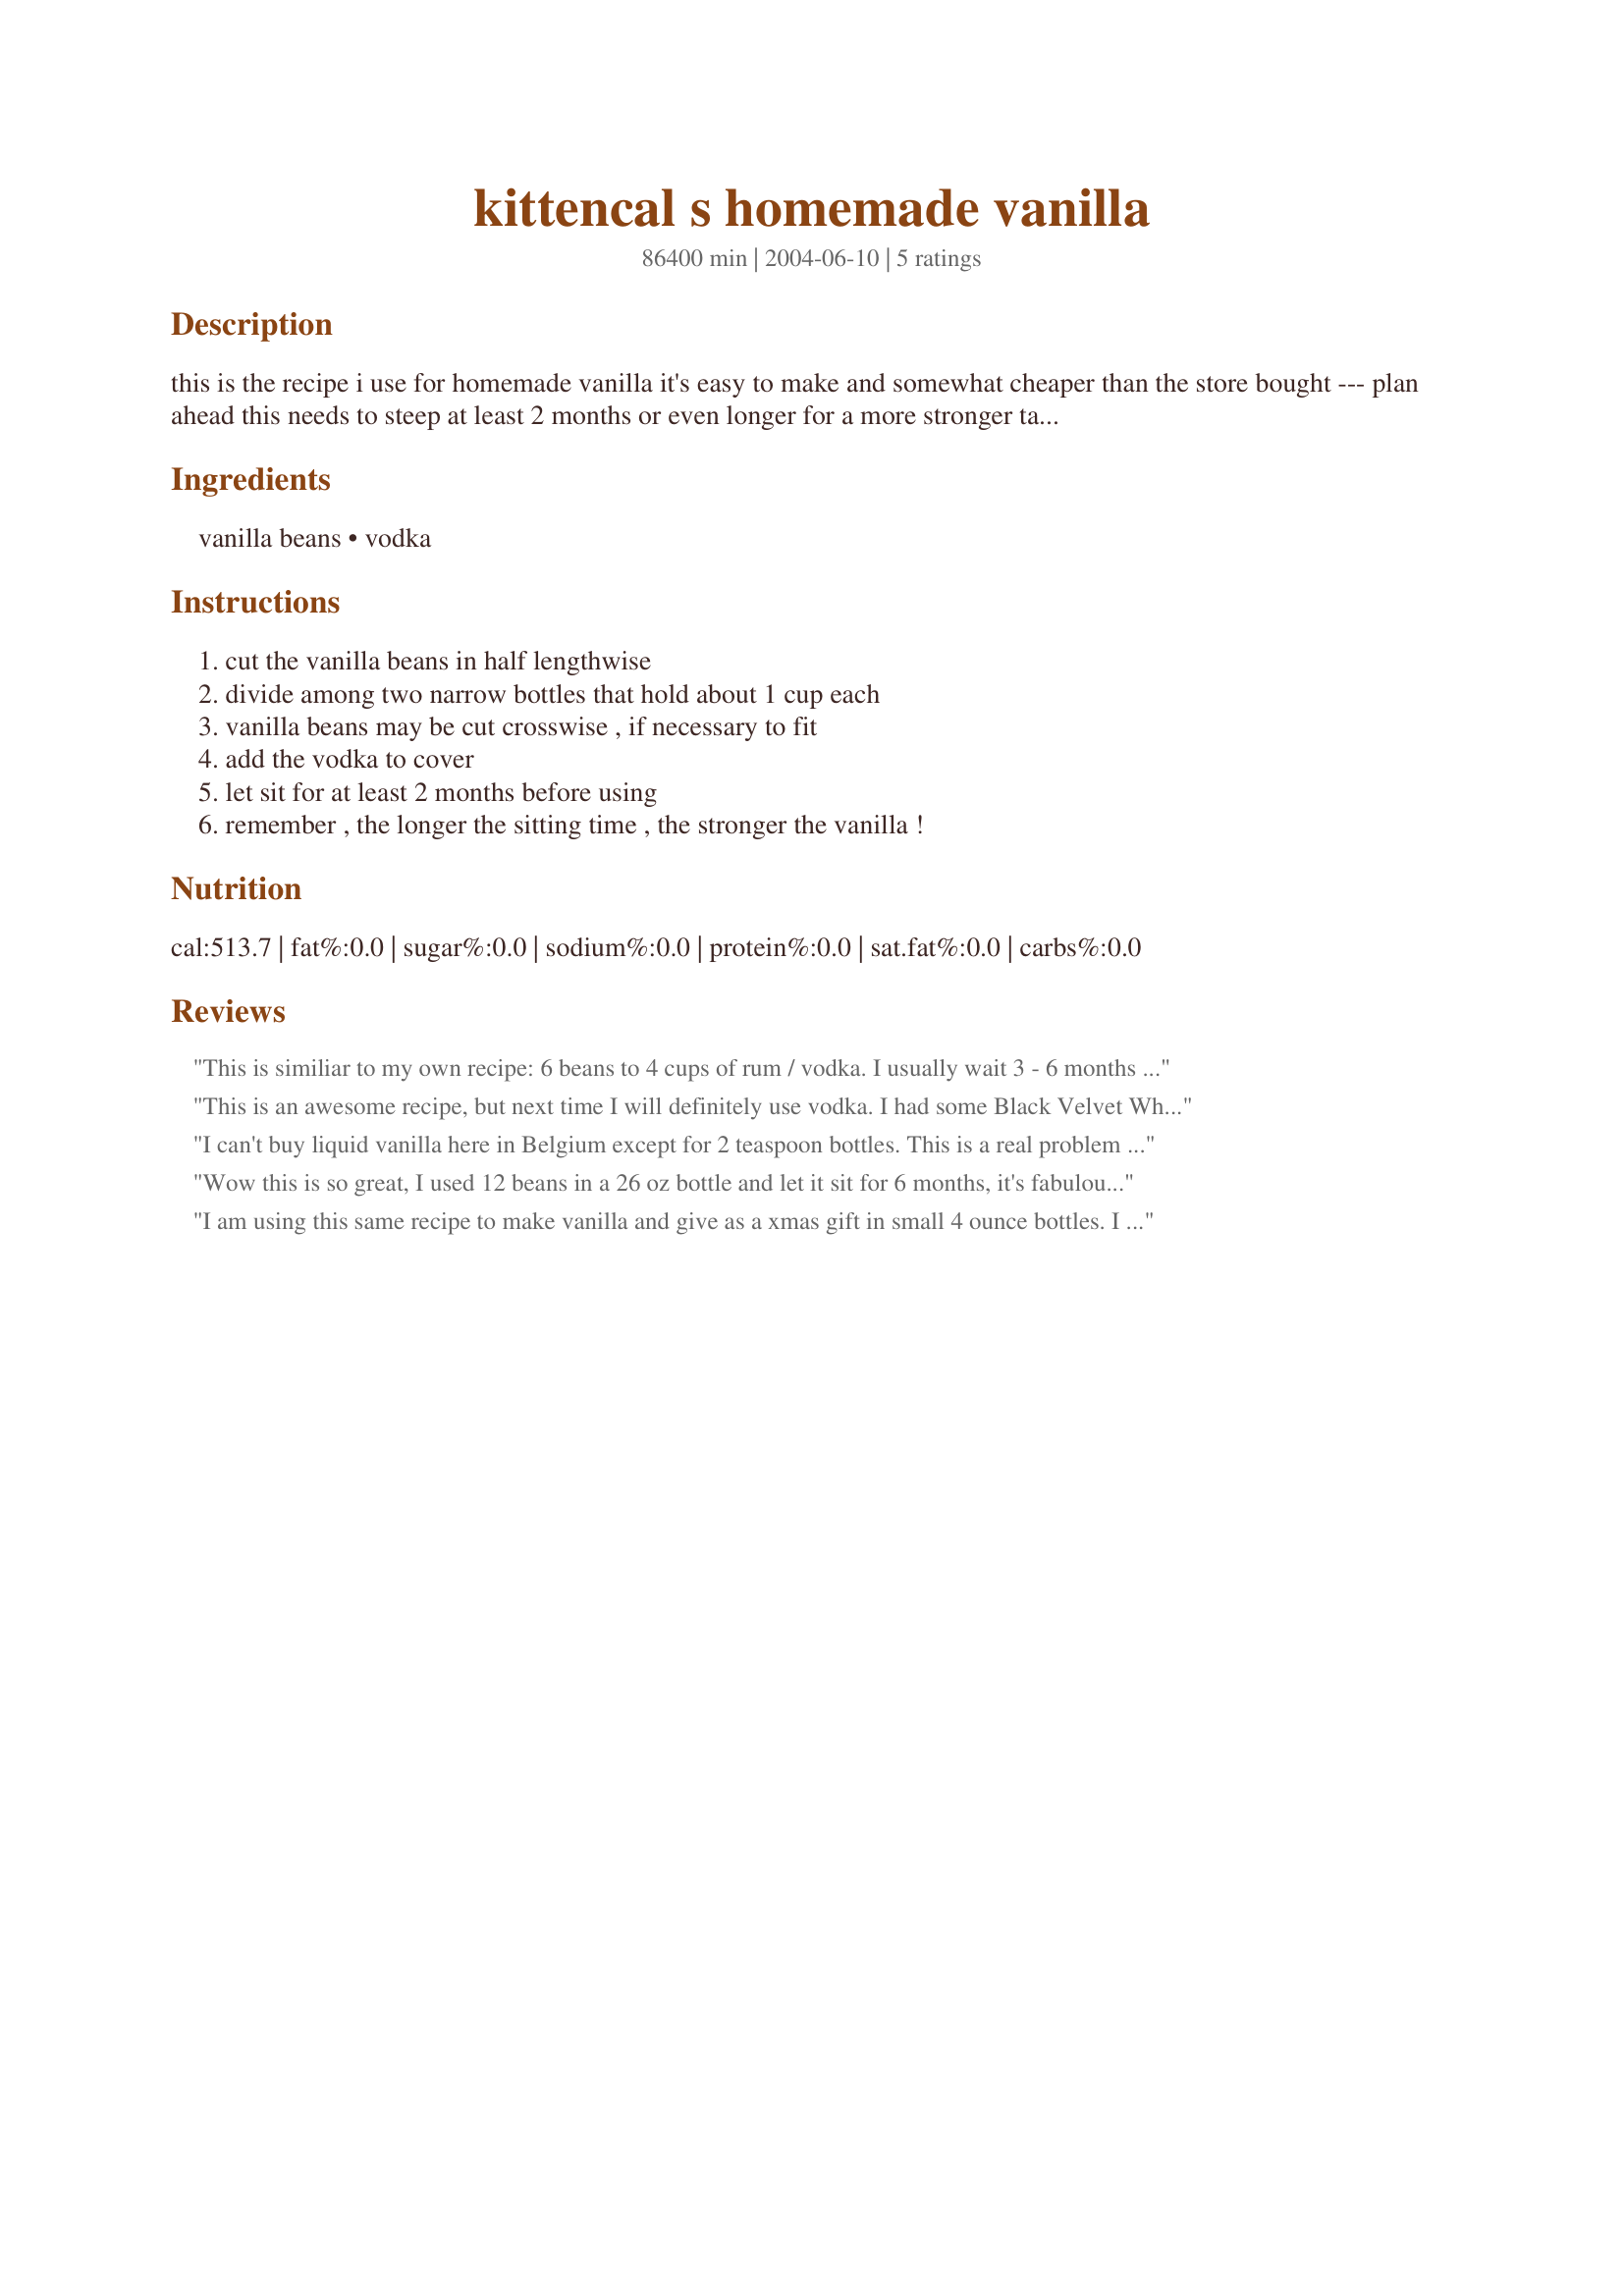
kittencal s homemade vanilla
Preparation time: 86400 minutes

this is the recipe i use for homemade vanilla it's easy to make and somewhat cheaper than the store bought --- plan ahead this needs to steep at least 2 months or even longer for a more stronger taste even 6 months would be better --- use as you would any commercial vanilla, the more vanilla beans that you use and the longer you let it sit for, the stronger the vanilla will be.

Ingredients:
vanilla beans, vodka

Steps:
cut the vanilla beans in half lengthwise, divide among two narrow bottles that hold about 1 cup each, vanilla beans may be cut crosswise , if necessary to fit, add the vodka to cover, let sit for at least 2 months before using, remember , the longer the sitting time , the stronger the vanilla !

Reviews:
This is similiar to my own recipe: 6 beans to 4 cups of rum / vodka. I usually wait 3 - 6 months before I start using it. Don't forget to shake the bottle before pouring it out.
This is an awesome recipe, but next time I will definitely use vodka. I had some Black Velvet Whiskey that nobody was drinking so decided to use that. The whiskey is much too strong a flavor. Now finally after thee months, the vanilla flavor is getting stronger than the whiskey. Thanks Kittencal for another great recipe.
I can't buy liquid vanilla here in Belgium except for 2 teaspoon bottles. This is a real problem for me as I love to bake. This recipe is a suitable alternative, and a real godsend for me. The only reason I'm not giving it 5 stars is because I found I had to double the quantity of vanilla beans to achieve an acceptable strength in flavor. I waited three weeks and with one bean per cup it was rather weak. Perhaps if I had waited longer it would have strengthened over time ? I will definitely be doing this one again, and if I find that with a longer aging time one bean per cup is adequate I will certainly upgrade my rating. Thanks for posting what for me has been a really helpful recipe !
Wow this is so great, I used 12 beans in a 26 oz bottle and let it sit for 6 months, it's fabulous. I've already started a 2nd batch, I just don't want to run out as I keep giving it away. Thanks Again
I am using this same recipe to make vanilla and give as a xmas gift in small 4 ounce bottles. I have been letting it sit for over 6 months. I'll give it stars once I taste the final product. It's a good affordable gift!
